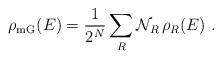
LaTeX: \begin{align*}\rho_{\mathrm{mG}}(E)=\frac{1}{2^N}\sum_R \mathcal{N}_R\, \rho_R(E)\ .\end{align*}